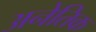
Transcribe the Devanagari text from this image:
अनेतिक